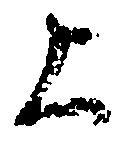
上